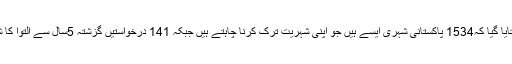
وزارت داخلہ میں جمع کرائی گئی ایک رپورٹ میں بتایا گیا کہ1534 پاکستانی شہری ایسے ہیں جو اپنی شہریت ترک کرنا چاہتے ہیں جبکہ 141 درخواستیں گزشتہ 5سال سے التوا کا شکار ہیں جو شہریت کی رجسٹریشن کرانا چاہتے ہیں۔